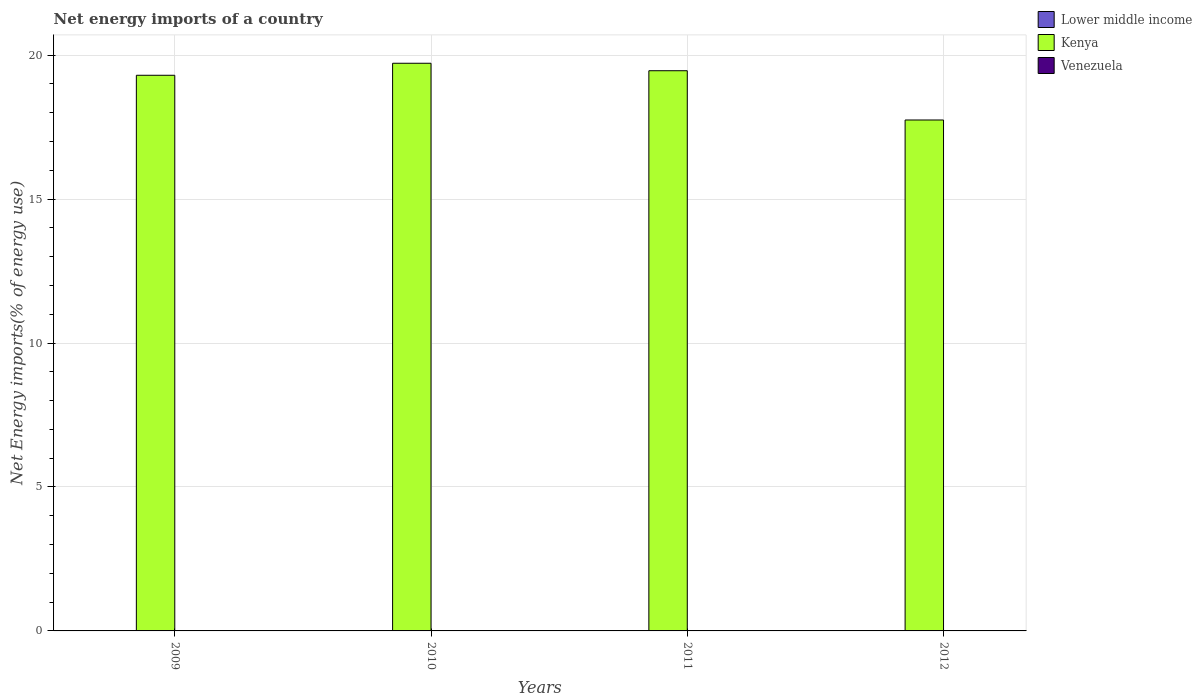
| Years | Lower middle income | Kenya | Venezuela |
 | --- | --- | --- | --- |
 | 2009 | -4.37 | 19.3 | -193 |
 | 2010 | -4.45 | 19.7 | -169 |
 | 2011 | -6.1 | 19.5 | -188 |
 | 2012 | -2.65 | 17.7 | -161 |